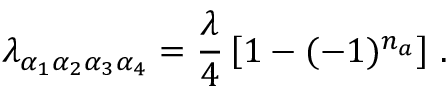
\lambda _ { \alpha _ { 1 } \alpha _ { 2 } \alpha _ { 3 } \alpha _ { 4 } } = { \frac { \lambda } { 4 } } \left[ 1 - ( - 1 ) ^ { n _ { a } } \right] \, .